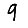
Digit: 9